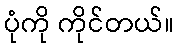
ပုံကို ကိုင်တယ်။